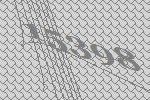
15398